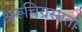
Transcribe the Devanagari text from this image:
अरूचिग्रस्तता